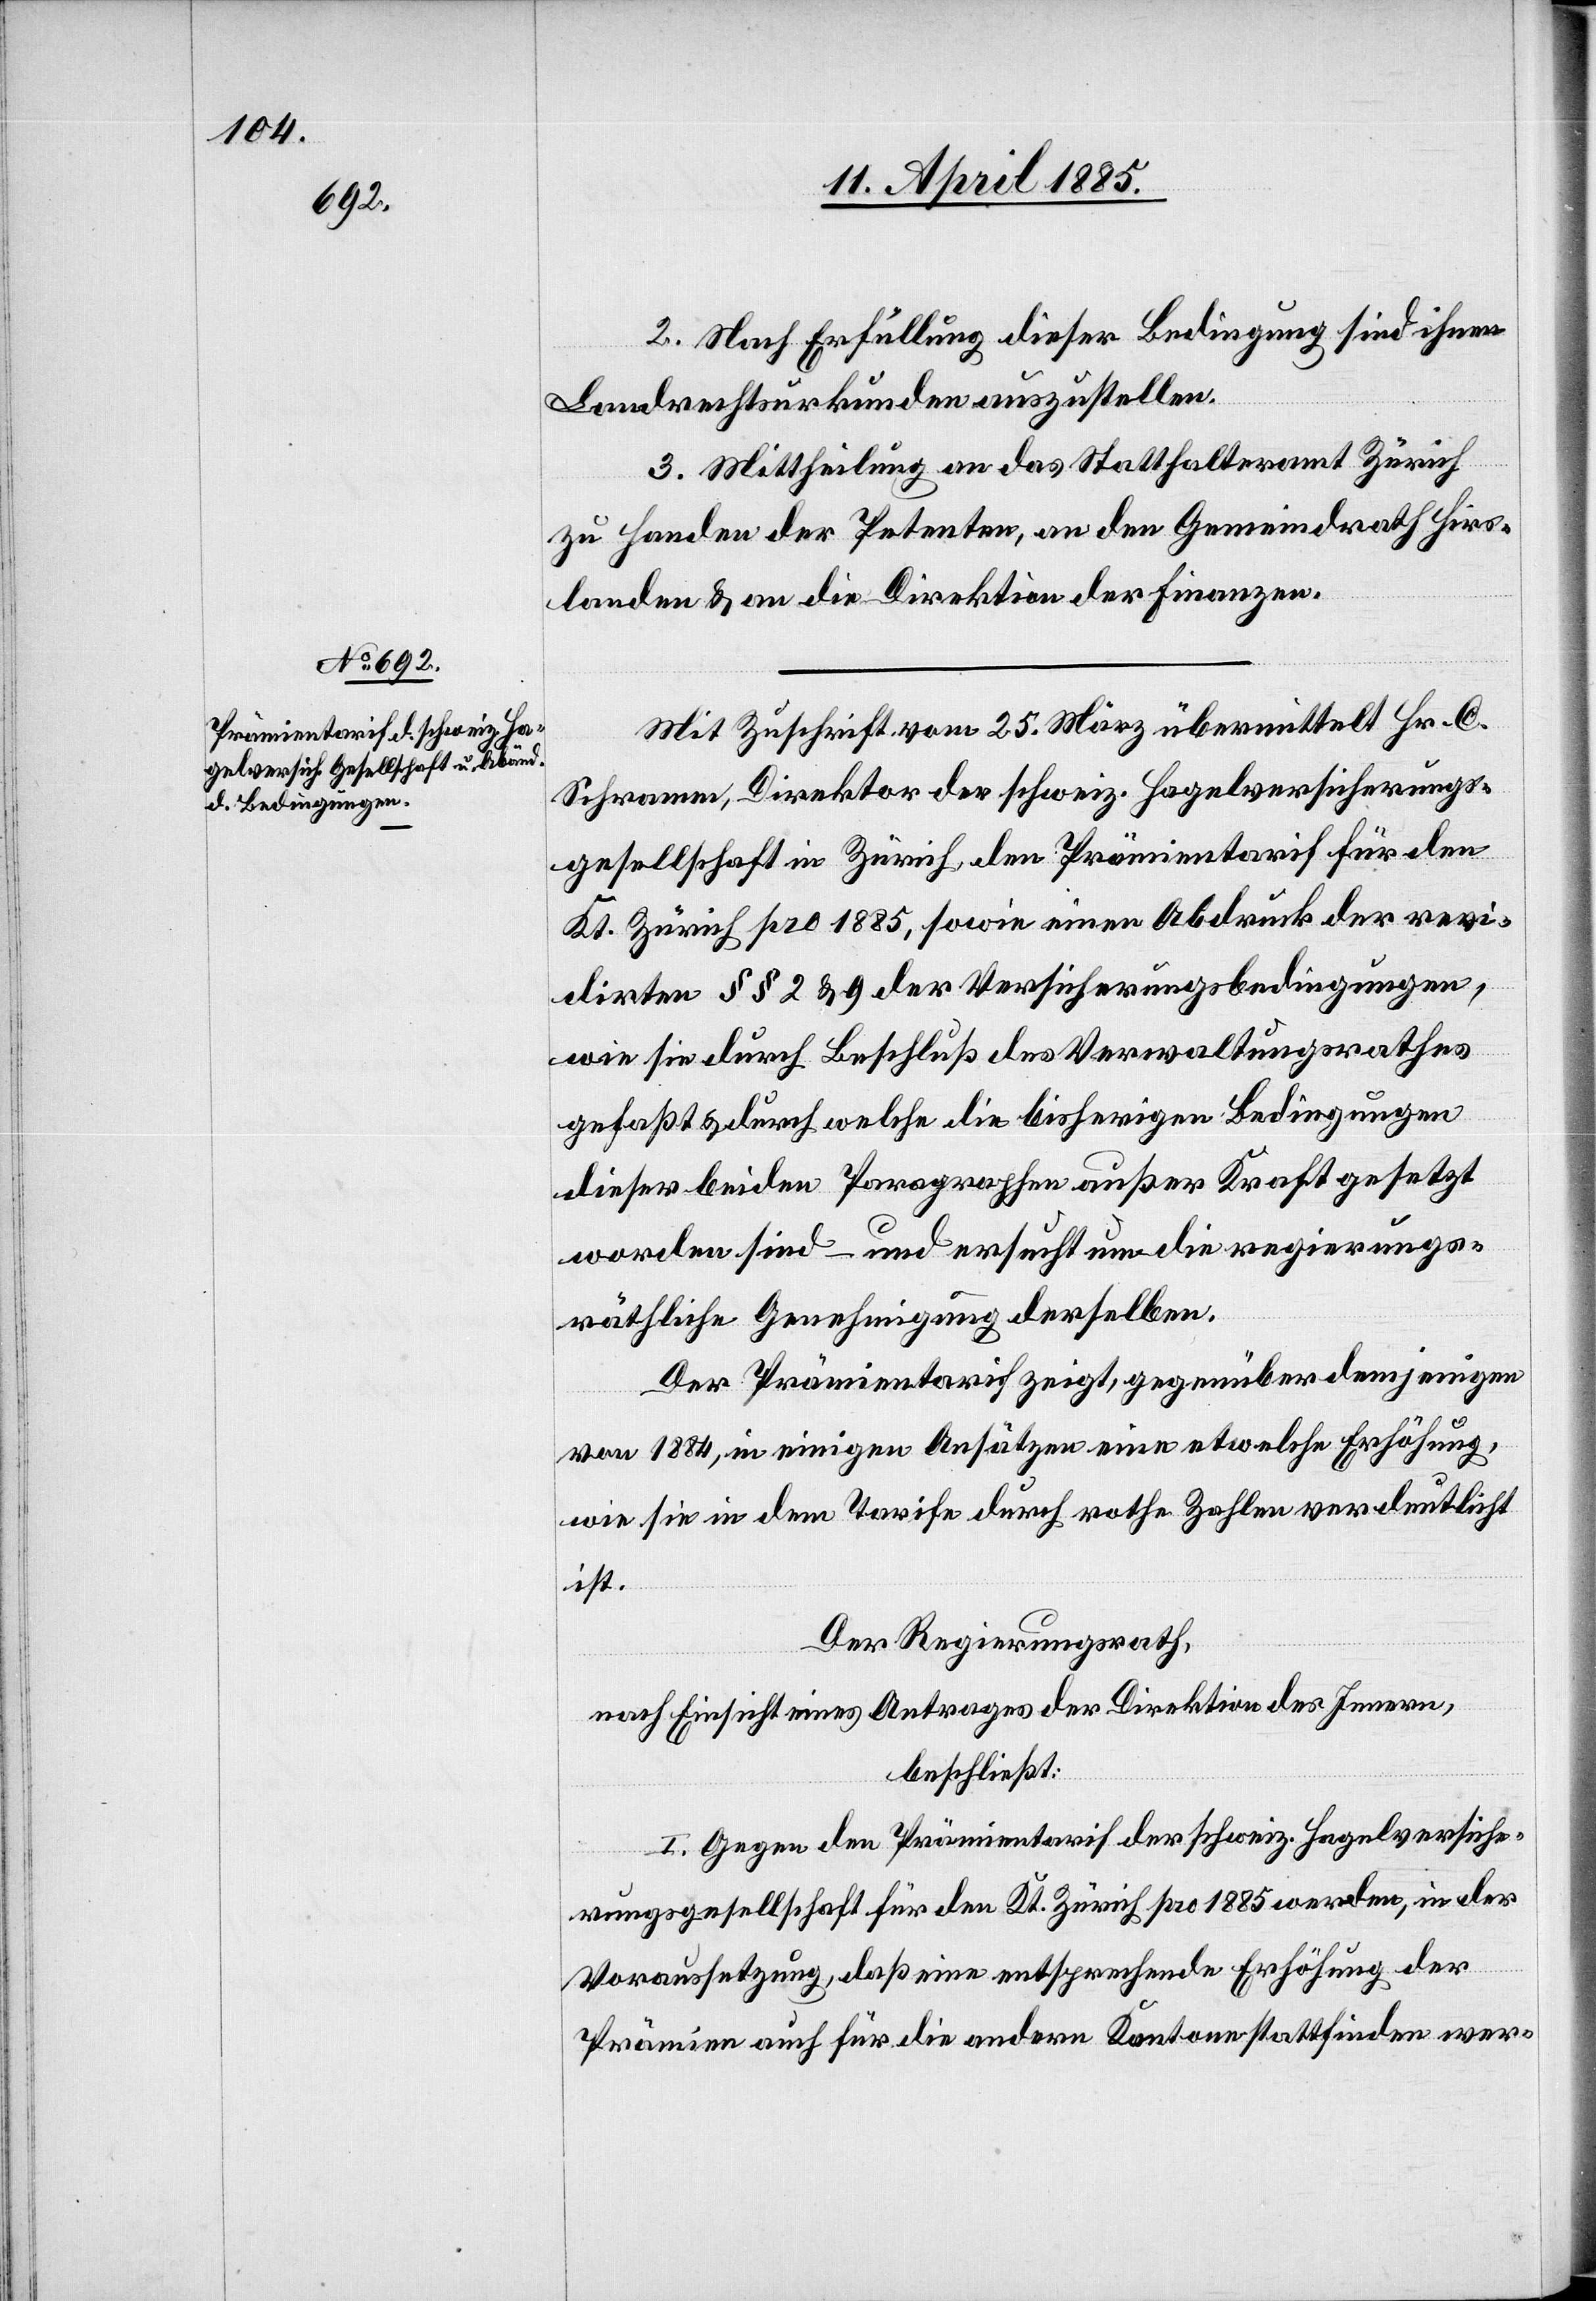
2. Nach Erfüllung dieser Bedingung sind ihnen
Landrechtsurkunden auszustellen.
3. Mittheilung an das Statthalteramt Zürich
zu Handen der Petenten, an den Gemeindrath Hirs¬
landen & an die Direktion der Finanzen.
Mit Zuschrift vom 25. Mrz übermittelt Hr. C.
Schramm, Direktor der schweiz. Hagelversicherungs¬
gesellschaft in Zürich, den Prämientarif für den
Kt. Zürich pro 1885, sowie einen Abdruck der revi¬
dirten §§ 2 & 9 der Versicherungsbedingungen,
wie sie durch Beschluß des Verwaltungsrathes
gefaßt & durch welche die bisherigen Bedingungen
dieser beiden Paragraphen außer Kraft gesetzt
worden sind – und ersucht um die regierungs¬
räthliche Genehmigung derselben.
Der Prämientarif zeigt, gegenüber denjenige¬
n 1884, in einigen Ansätzen eine etwelche Erhöhung,
wie sie in dem Tarife durch rothe Zahlen verdeutlicht
ist.
Der Regierungsrath,
nach Einsicht eines Antrages der Direktion des Innern,
beschließt:
I. Gegen den Prämientarif der schweiz. Hagelversiche¬
rungsgesellschaft für den Kt. Zürich pro 1885 werden, in der
Voraussetzung, daß eine entsprechende Erhöhung der
Prämien auch für die andern Kantone stattfinden wer-